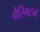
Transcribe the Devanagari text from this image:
बैरिगटन